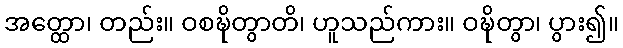
အတ္ထော၊ တည်း။ ဝစဍ္ဎိတွာတိ၊ ဟူသည်ကား။ ဝဍ္ဎိတွာ၊ ပွား၍။